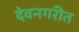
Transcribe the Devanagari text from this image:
देवनगरीत